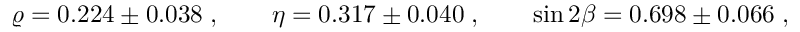
\varrho = 0 . 2 2 4 \pm 0 . 0 3 8 \; , \qquad \eta = 0 . 3 1 7 \pm 0 . 0 4 0 \; , \qquad \sin { 2 \beta } = 0 . 6 9 8 \pm 0 . 0 6 6 \; ,